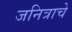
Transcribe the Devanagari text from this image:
जनित्राचे